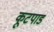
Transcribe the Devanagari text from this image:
कूटपाड